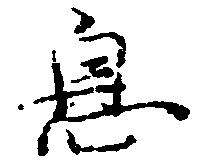
息